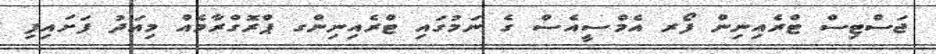
ޖަސްޓިސް ޓްރެއިނިން ފޯރ އެމްސީއެސް ގެ ނަމުގައި ޓްްރެއިނިންގ ޕްރޮގްރާމެއް މިއަދު ފަށައިފި